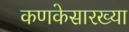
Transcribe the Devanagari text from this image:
कणकेसारख्या